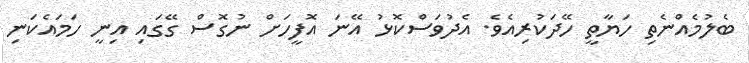
ބެލުމެއްނެތި ހަޔާތީ ހޭދަކުރިއެވެ. އެދުވަސްކޮޅު އޭނަ އޮފީހަށް ނުގޮސް ގޭގައި އިނީ ހަމައެކަނި